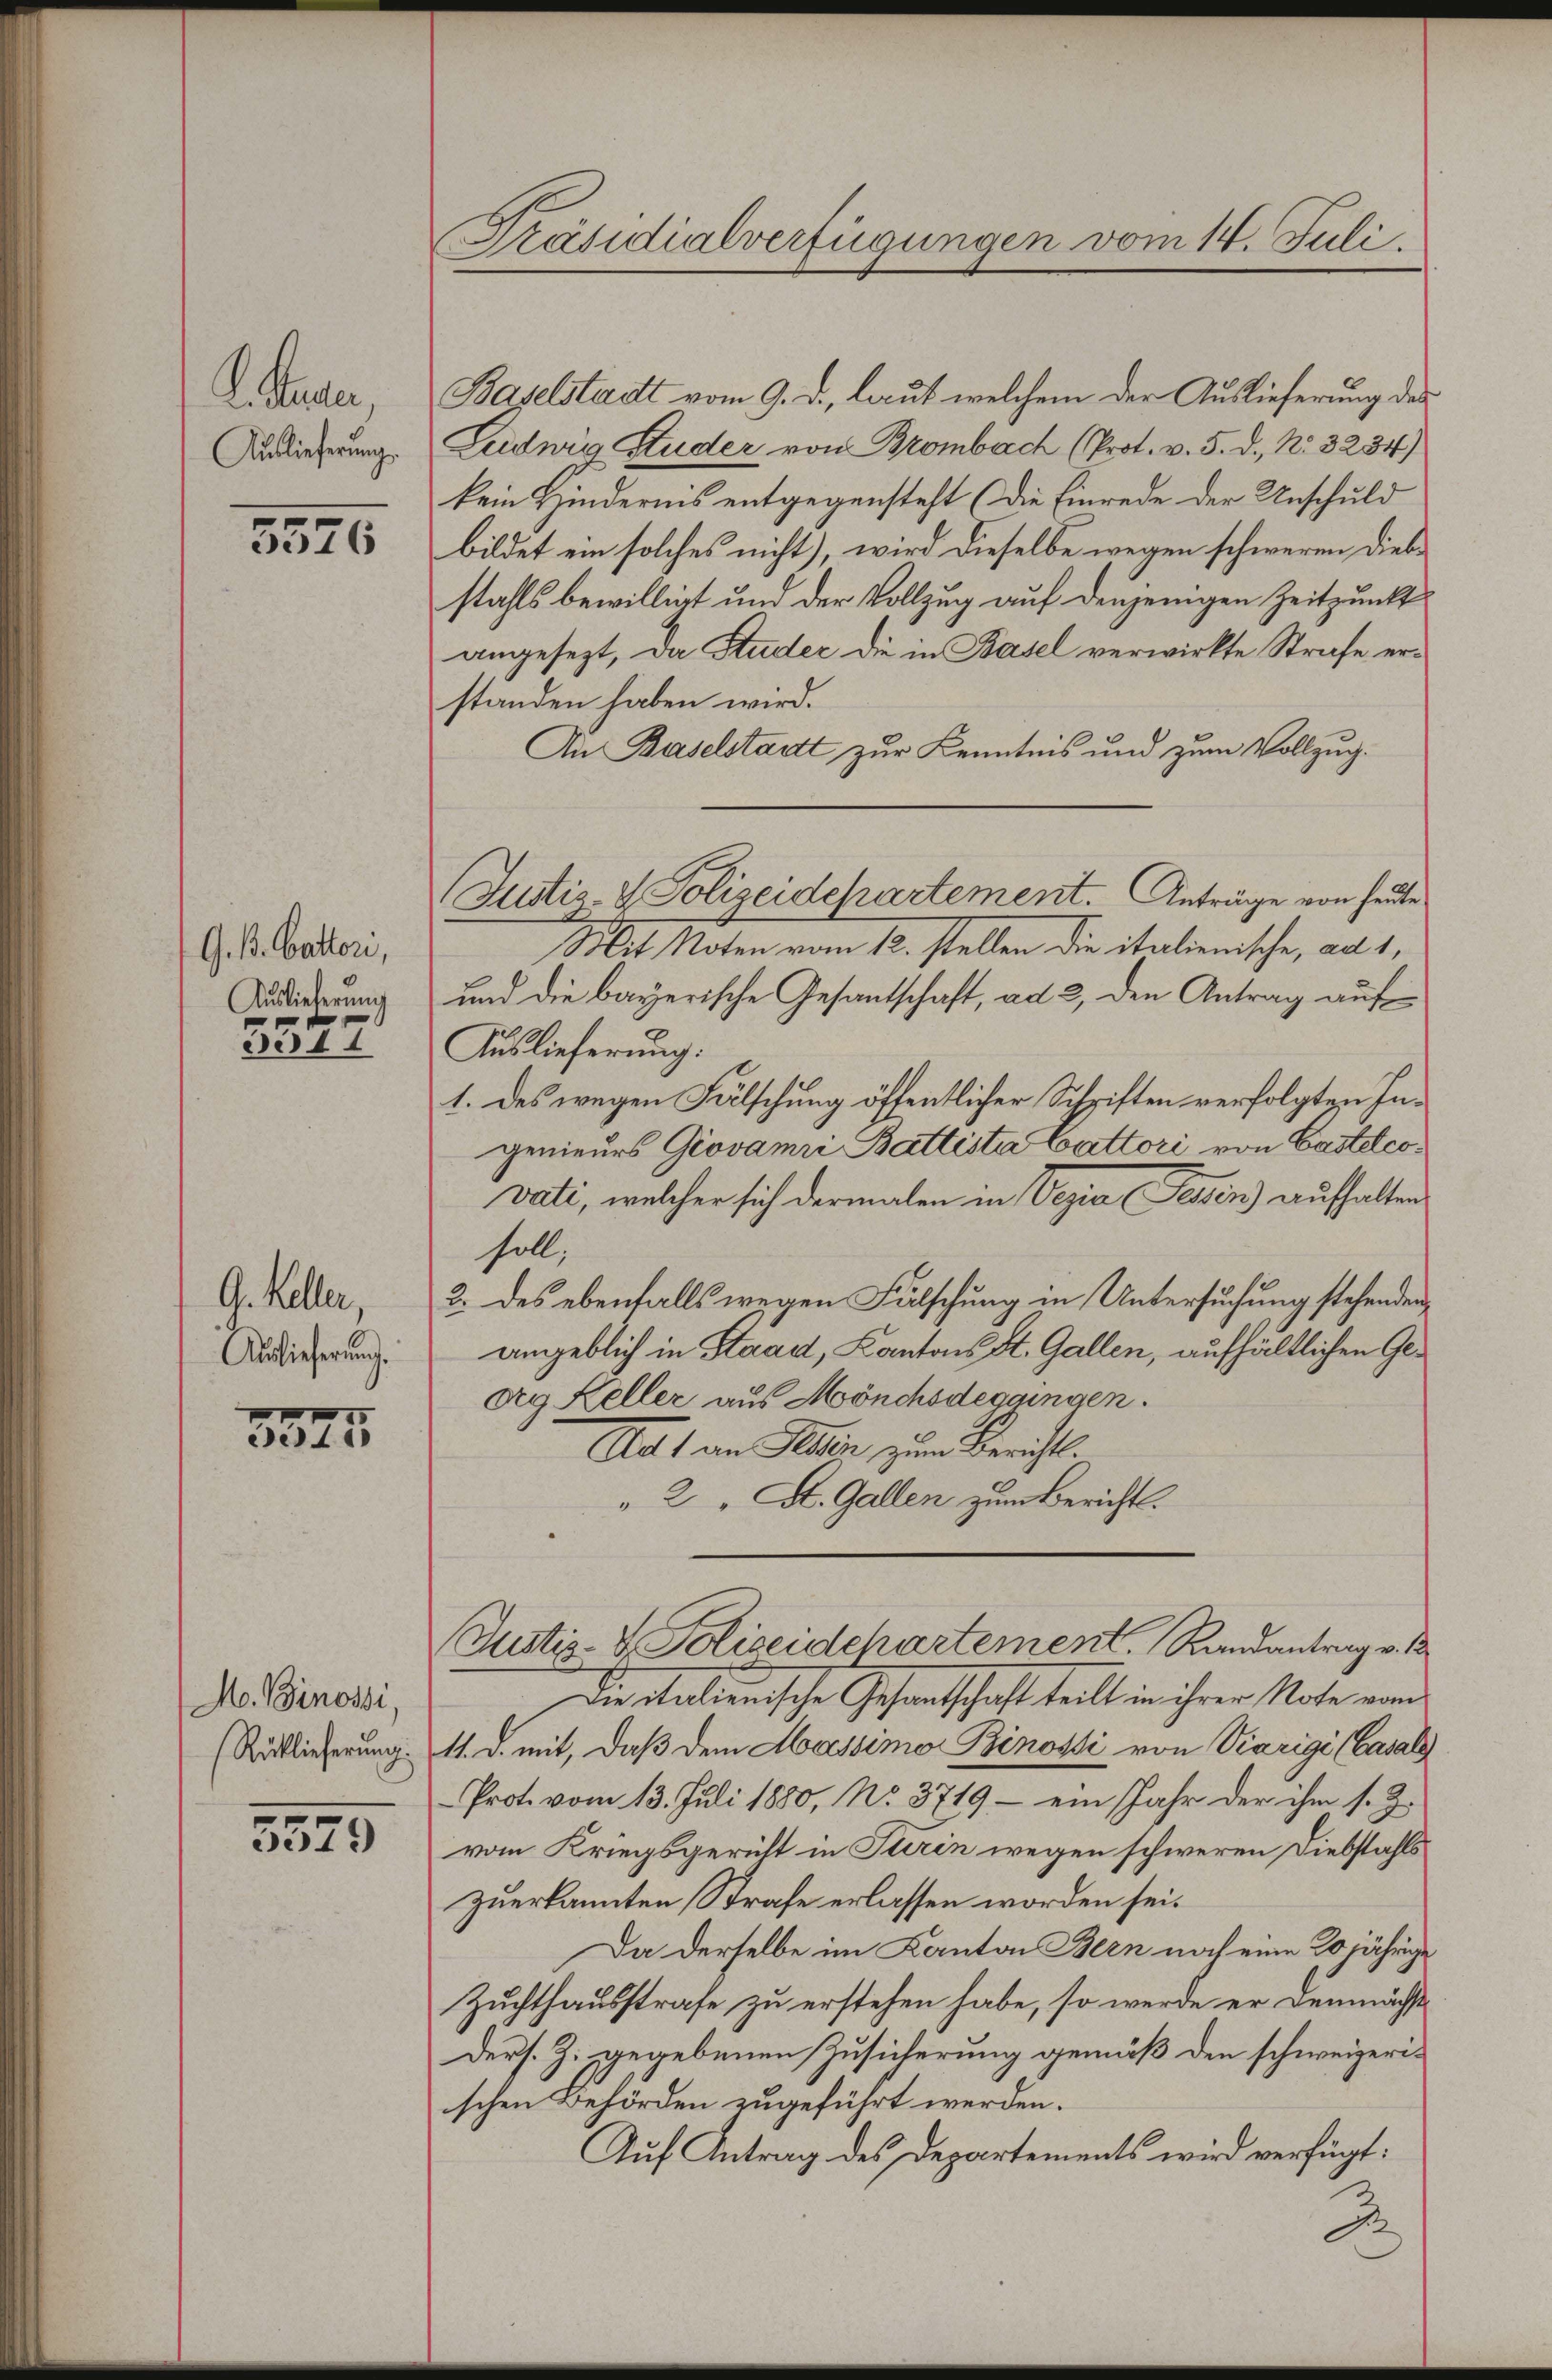
. Sie,
Auslieferungs

5546

G. B. Battor,
Auslieferung

11

G. Keller,
Auslieferung.

3375

M. Binossi
Rücklieferung

5579

Präsidialverfügungen vom 14. Juli.

Justiz- & Polizeidepartement. Anträge von heute

Baselstadt vom 9. d., laut welchem der Auslieferung des
Ludwig Studer von Brombach (Prot. v. 5. d., N. 3234)
kein Hindernis entgegensteht (die Einrede der Unschuld
bildet ein solches nicht), wird dieselbe wegen schweren Diebstahls bewilligt und der Vollzug auf denjenigen Zeitpunkt
angesezt, da Studer die in Basel verwirkte Strafe erstanden haben wird.
An Baselstadt zur Kenntnis und zum Vollzug.
Mit Noten vom 12. stellen die italienische, ad 1,
und die bayerische Gesantschaft, ad 2, den Antrag auf
Auslieferung:
1. Des wegen Fälschung öffentlicher Schriften verfolgten Ingenieurs Giovamri Battista Cattori von Castetcovati, welcher sich dermalen in Vezia Peten) aufhalten
soll;
2. des ebenfalls wegen Fälschung in Untersuchung stehenden
angeblich in Staad, Kantons St. Gallen, aufhältlichen Gedg. Keller aus Mönchsdeggingen.
Alls an Helen, zum Bericht.
" 2 " St. Gallen zum Bericht.
Justiz-V. Polizeidchartement. Randantrag v. 1
Die Meilienische Gesandtschaft teilt in ihrer Note manis
11. d. mit, daß dem Massimo Binossi von Viarigi (Casal
Prote vom 13. Juli 1880, No. 3719 - ein Jahr der ihm s. Z.
vom Kriegsgericht in Turin wegen schweren Diebstahls
zuerkannten Strafe erlassen worden sei.
Da derselbe im Kanton Bern noch eine 20jährige
Zuchthausstrafe zu erstehen habe, so werde er demnächst
ders. Z. gegebenen Zusicherung gemäß den schweizerischen Behörden zugeführt werden.
Auf Antrag des Departements wird verfügt:
J